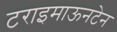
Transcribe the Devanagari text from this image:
टराइमाऊनटेन